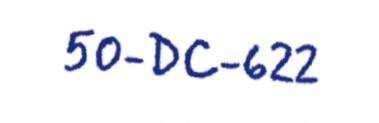
50-DC-622